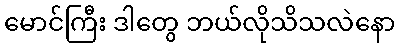
မောင်ကြီး ဒါတွေ ဘယ်လိုသိသလဲနော